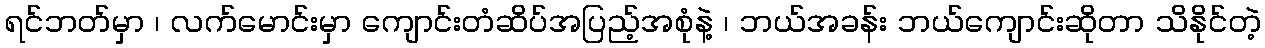
ရင်ဘတ်မှာ ၊ လက်မောင်းမှာ ကျောင်းတံဆိပ်အပြည့်အစုံနဲ့ ၊ ဘယ်အခန်း ဘယ်ကျောင်းဆိုတာ သိနိုင်တဲ့